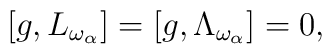
[g,L_{\omega_\alpha}]=[g,\Lambda_{\omega_\alpha}] =0,